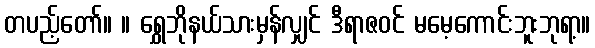
တပည့်တော်။ ။ ရွှေဘိုနယ်သားမှန်လျှင် ဒီရာဇဝင် မမေ့ကောင်းဘူးဘုရာ့။